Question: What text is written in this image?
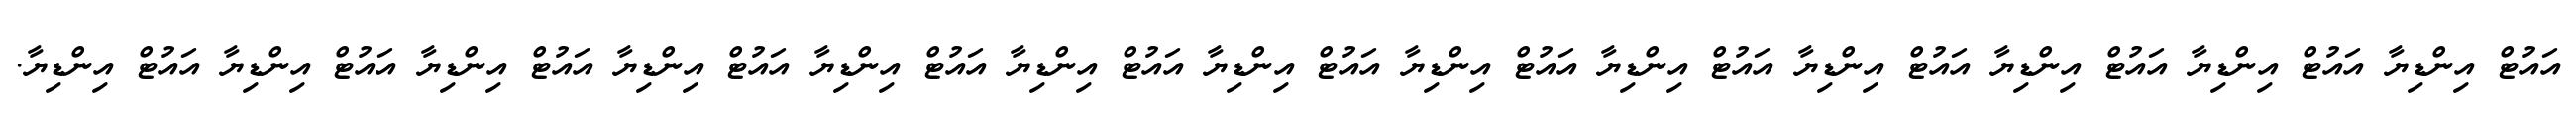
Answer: އައުޓް އިންޑިޔާ އައުޓް އިންޑިޔާ އައުޓް އިންޑިޔާ އައުޓް އިންޑިޔާ އައުޓް އިންޑިޔާ އައުޓް އިންޑިޔާ އައުޓް އިންޑިޔާ އައުޓް އިންޑިޔާ އައުޓް އިންޑިޔާ އައުޓް އިންޑިޔާ އައުޓް އިންޑިޔާ އައުޓް އިންޑިޔާ އައުޓް އިންޑިޔާ.